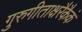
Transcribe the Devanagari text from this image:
गुरुगीताक्षरैकैकं